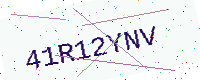
Text: 41R12YNV